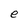
Character: e